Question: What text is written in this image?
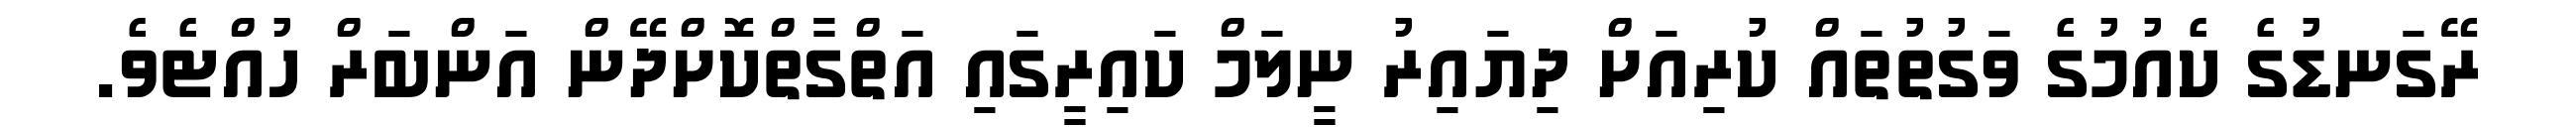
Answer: ރޭގަނޑުގެ ކެއުމުގެ ވަގުތުތައް ކުރިއަށް ދިޔައިރު ނީލަމް ކައިރީގައި އަތްގާތްކޮށްދޭން އަންބަރް ހުއްޓެވެ.